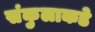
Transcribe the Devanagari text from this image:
संकुलाकडे